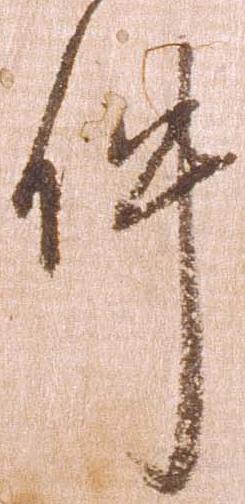
件